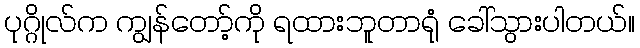
ပုဂ္ဂိုလ်က ကျွန်တော့်ကို ရထားဘူတာရုံ ခေါ်သွားပါတယ်။